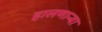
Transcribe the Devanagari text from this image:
हालणार्‍या